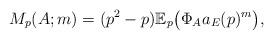
LaTeX: \begin{align*} M_p(A; m) = (p^2-p) \mathbb{E}_p \big(\Phi_A a_{E}(p)^m\big),\end{align*}